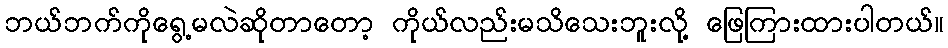
ဘယ်ဘက်ကိုရွေ့မလဲဆိုတာတော့ ကိုယ်လည်းမသိသေးဘူးလို့ ဖြေကြားထားပါတယ်။